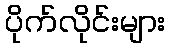
ပိုက်လိုင်းများ